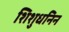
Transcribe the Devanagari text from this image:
शिशुधनिन